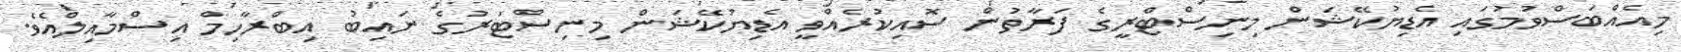
މިއެއްބަސްވުމުގައި އެޑިޔުކޭޝަން މިނިސްޓްރީގެ ފަރާތުން ސޮއިކުރެއްވީ އެޑިޔުކޭޝަން މިނިސްޓަރުގެ ނައިބު އިބްރާހިމް އިސްމާއިލްއެވެ.